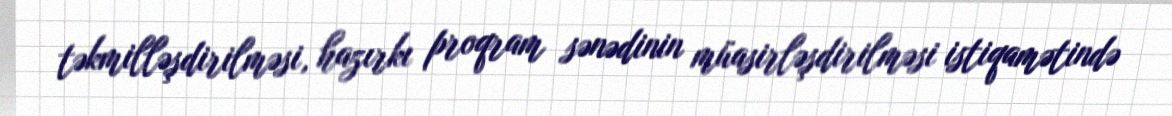
təkmilləşdirilməsi, hazırkı proqram sənədinin müasirləşdirilməsi istiqamətində